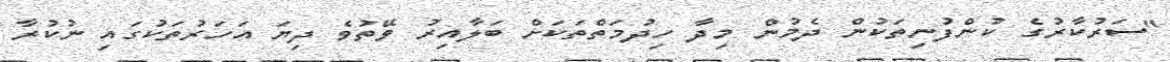
"ސަރުކާރުގެ ކުންފުނިތަކުން ދެމުން މިދާ ހިދުމަތްތަކަށް ބަލާއިރު ވޭތުވެ ދިޔަ އަހަރުތަކުގައި ނުކުރާ